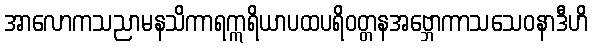
အာလောကသညာမနသိကာရဣရိယာပထပရိဝတ္တနအဗ္ဘောကာသသေဝနာဒီဟိ